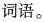
词语。